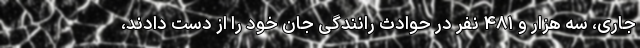
جاری، سه هزار و ۴۸۱ نفر در حوادث رانندگی جان خود را از دست دادند،